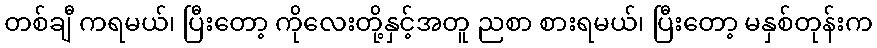
တစ်ချီ ကရမယ်၊ ပြီးတော့ ကိုလေးတို့နှင့်အတူ ညစာ စားရမယ်၊ ပြီးတော့ မနှစ်တုန်းက